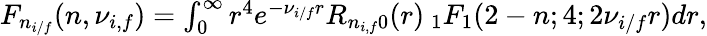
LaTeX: \begin{array}{r}{F_{n_{i/f}}(n,\nu_{i,f})=\int_{0}^{\infty}r^{4}e^{-\nu_{i/f}r}R_{n_{i,f}0}(r)\: _{1}F_{1}(2-n;4;2\nu_{i/f}r)dr,}\end{array}